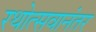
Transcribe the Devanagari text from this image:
रथोत्सवानंतर